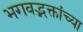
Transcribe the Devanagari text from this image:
भगवद्भक्तांच्या